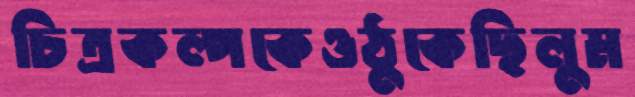
চিত্রকল্পকেওঠুকেছিলুম